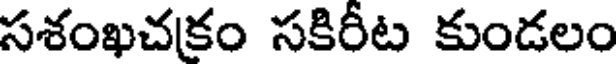
సశంఖచకం సకిరీట కుండలం